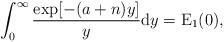
LaTeX: \begin{align*}\int_0^\infty\frac{\exp[-(a+n)y]}{y}\mathrm{d}y=\operatorname{E}_1(0),\end{align*}